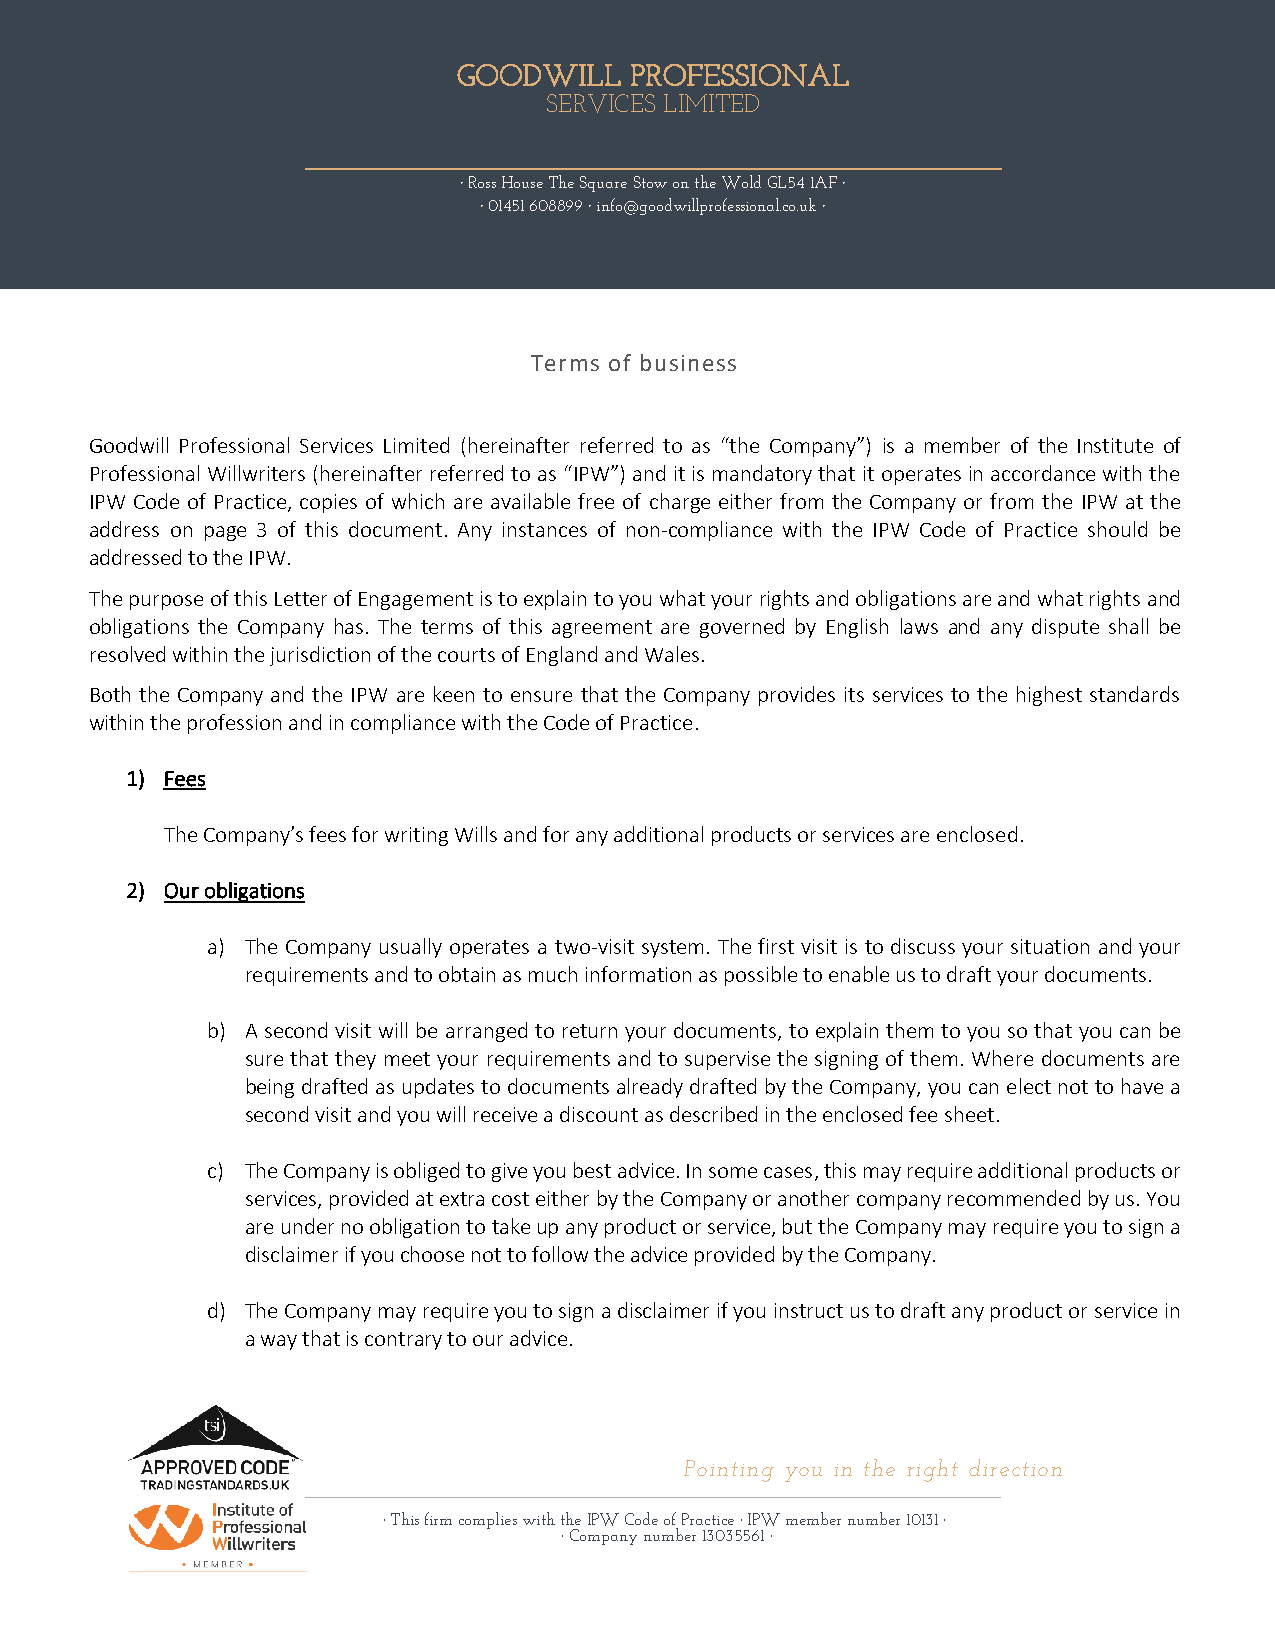
GOODWILL    PROFESSIONAL
 SERVICES LIMITED
 · Ross House The Square Stow on the Wold GL54 1AF ·
 · 01451 608899 · info@go odwillprofessional.co.uk ·
 Terms of business
 Goodwill Professional Services Limited (hereinafter referred to as “the Company”) is a member of the Institute of
 Professional Willwriters (hereinafter referred to as “IPW”) and it is mandatory that it operates in accordance with the
 IPW Code of Practice, copies of which are available free of charge either from the Company or from the IPW at the
 address on page 3 of this document. Any instances of non-compliance with the IPW Code of Practice should be
 addressed to the IPW.
 The purpose of this Letter of Engagement is to explain to you what your rights and obligations are and what rights and
 obligations the Company has. The terms of this agreement are governed by English laws and any dispute shall be
 resolved within the jurisdiction of the courts of England and Wales.
 Both the Company and the IPW are keen to ensure that the Company provides its services to the highest standards
 within the profession and in compliance with the Code of Practice.
 1) Fees
 The Company’s fees for writing Wills and for any additional products or services are enclosed.
 2) Our obligations
 a) The Company usually operates a two-visit system. The first visit is to discuss your situation and your
 requirements and to obtain as much information as possible to enable us to draft your documents.
 b) A second visit will be arranged to return your documents, to explain them to you so that you can be
 sure that they meet your requirements and to supervise the signing of them. Where documents are
 being drafted as updates to documents already drafted by the Company, you can elect not to have a
 second visit and you will receive a discount as described in the enclosed fee sheet.
 c) The Company is obliged to give you best advice. In some cases, this may require additional products or
 services, provided at extra cost either by the Company or another company recommended by us. You
 are under no obligation to take up any product or service, but the Company may require you to sign a
 disclaimer if you choose not to follow the advice provided by the Company.
 d) The Company may require you to sign a disclaimer if you instruct us to draft any product or service in
 a way that is contrary to our advice.
 Pointing you in the right direction
 · This firm complies with the IPW Code of Practice · IPW member number 10131 ·
 · Company number 13035561 ·